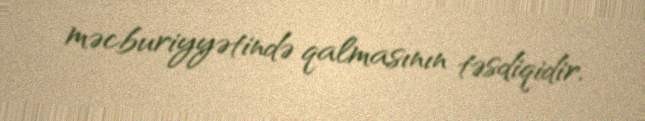
məcburiyyətində qalmasının təsdiqidir.